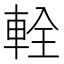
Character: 輇